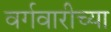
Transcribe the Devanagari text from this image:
वर्गवारीच्या